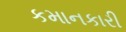
કમાનકારી